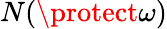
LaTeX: N(\protect\omega)